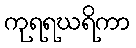
ကုရရဃရိကာ